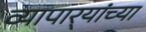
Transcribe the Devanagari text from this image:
व्यापार्‍यांच्या